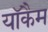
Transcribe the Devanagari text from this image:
यॉकैम